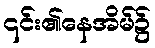
၎င်း၏နေအိမ်၌